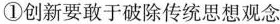
①创新要敢于破除传统思想观念